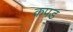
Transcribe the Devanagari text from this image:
कपड